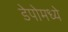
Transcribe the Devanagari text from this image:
डेपोमध्ये